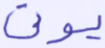
نؤتى